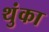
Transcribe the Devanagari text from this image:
थुंका